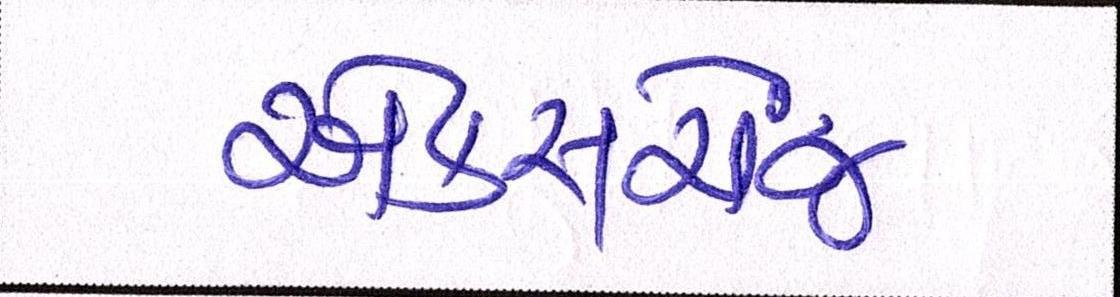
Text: એક્સચેંજ